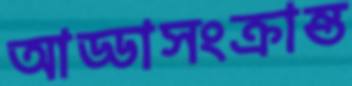
আড্ডাসংক্রান্ত